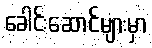
ခေါင်းဆောင်များမှာ